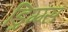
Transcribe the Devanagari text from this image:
ड्रिग्ग्स